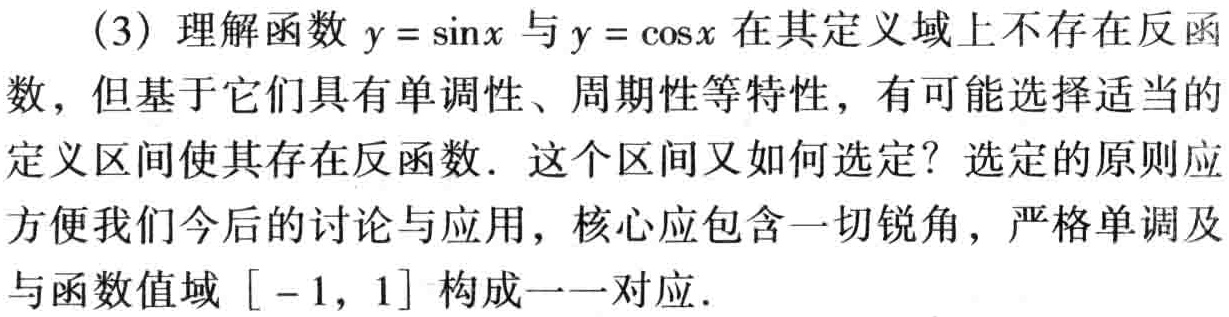
（3）理解函数\(y = \sin x\)与\(y = \cos x\)在其定义域上不存在反函数，但基于它们具有单调性、周期性等特性，有可能选择适当的定义区间使其存在反函数．这个区间又如何选定？选定的原则应方便我们今后的讨论与应用，核心应包含一切锐角，严格单调及与函数值域\([ - 1, 1]\)构成一一对应．